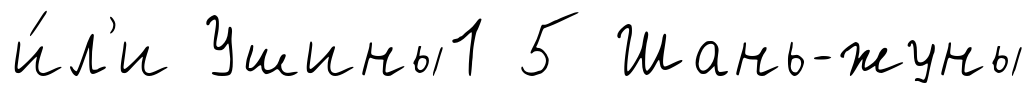
и́л'и Ушины1 5 Шань-жуны